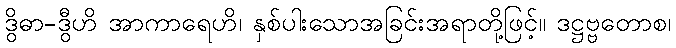
ဒွိဓာ-ဒွီဟိ အာကာရေဟိ၊ နှစ်ပါးသောအခြင်းအရာတို့ဖြင့်။ ဒဋ္ဌဗ္ဗတောစ၊